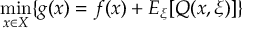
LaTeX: \operatorname* { m i n } _ { x \in X } \{ g ( x ) = f ( x ) + E _ { \xi } [ Q ( x , \xi ) ] \}